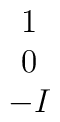
\begin{array}{c} 1 \\ 0 \\ -I \end{array}